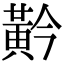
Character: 黅